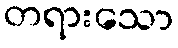
တရားသော